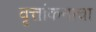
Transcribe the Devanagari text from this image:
वृत्तांकनाचा